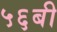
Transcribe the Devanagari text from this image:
५६बी